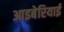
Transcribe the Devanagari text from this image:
आइबेरियाई